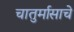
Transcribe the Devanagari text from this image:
चातुर्मासाचे